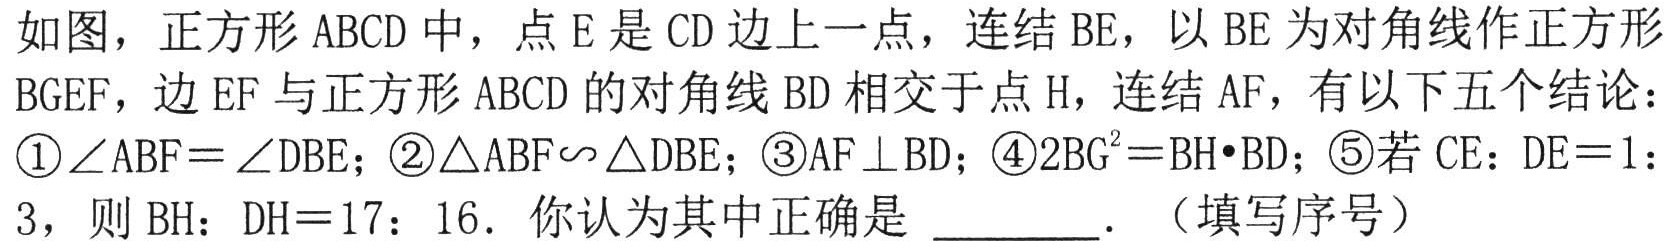
如图，正方形\(ABCD\)中，点\(E\)是\(CD\)边上一点，连结\(BE\)，以\(BE\)为对角线作正方形
\(BGEF\)，边\(EF\)与正方形\(ABCD\)的对角线\(BD\)相交于点\(H\)，连结\(AF\)，有以下五个结论：
\textcircled{1}\(\angle ABF=\angle DBE\)；\textcircled{2}\(\triangle ABF\backsim\triangle DBE\)；\textcircled{3}\(AF\perp BD\)；\textcircled{4}\(2BG^{2}=BH\cdot BD\)；\textcircled{5}若\(CE:DE = 1:
3\)，则\(BH:DH = 17:16\)．你认为其中正确是 ________．（填写序号）